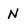
Character: N